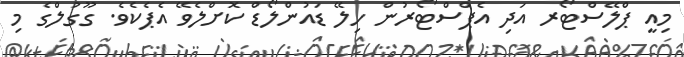
މިއީ ޕްލޭސްޓޯރ އަދި އެޕްސްޓޯރުން ހިލޭ ޑައުންލޯޑް ކޮށްލެވޭ އެޕެކެވެ. ގޫގުލްގެ މި